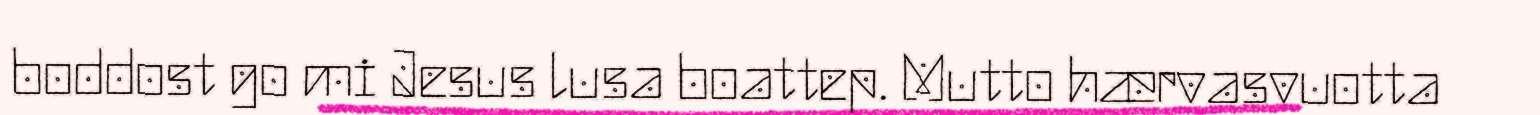
boddost go mi Jesus lusa boattep. Mutto hærvasvuotta